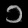
Digit: ၁